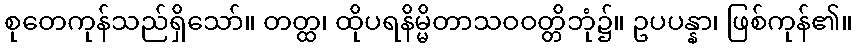
စုတေကုန်သည်ရှိသော်။ တတ္ထ၊ ထိုပရနိမ္မိတာသဝဝတ္တိဘုံ၌။ ဥပပန္နာ၊ ဖြစ်ကုန်၏။